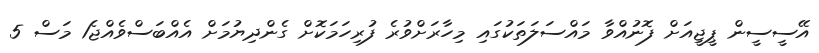
އޭސީސީން ޕީޖީއަށް ފޮނުއްވާ މައްސަލަތަކުގައި މިހާރަށްވުރެ ފުރިހަމަކޮށް ގެންދިޔުމަށް އެއްބަސްވެއްޖެ1 މަސް 5